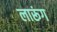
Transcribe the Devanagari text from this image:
लारूंग